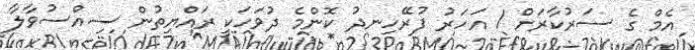
އެމް ގެ ސަރުކާރަށް 1 އަހަރު ފުރޭހިނދު ކޮންމެ ދުވަހަކީ ރައްޔިތުން ސިއްސުވާލާ